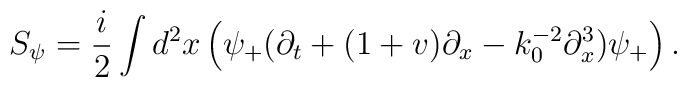
S_{\psi} = \frac{i}{2} \int d^2 x \left( \psi_+ (\partial_t + (1+ v)\partial_x - k_0^{-2}\partial^{3}_x) \psi_+ \right).